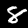
Digit: 8